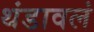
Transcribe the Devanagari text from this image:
थंडावलं